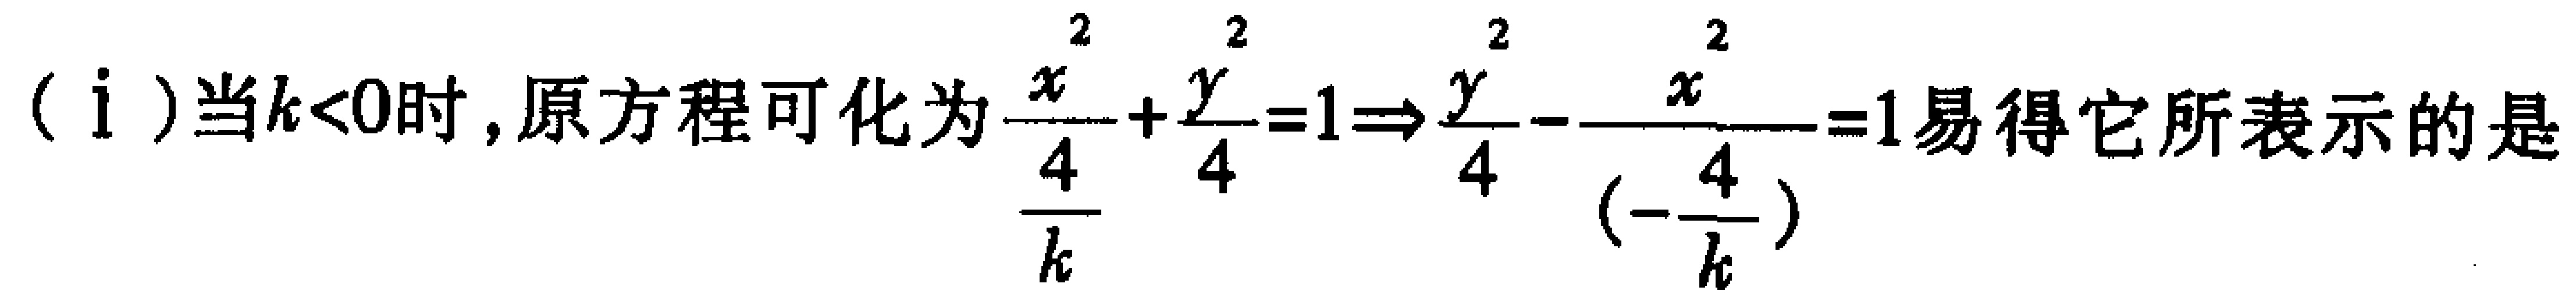
（i）当\(k<0\)时，原方程可化为\(\frac{x^{2}}{\frac{4}{k}}+\frac{y^{2}}{4}=1\Rightarrow\frac{y^{2}}{4}-\frac{x^{2}}{(-\frac{4}{k})}=1\)易得它所表示的是